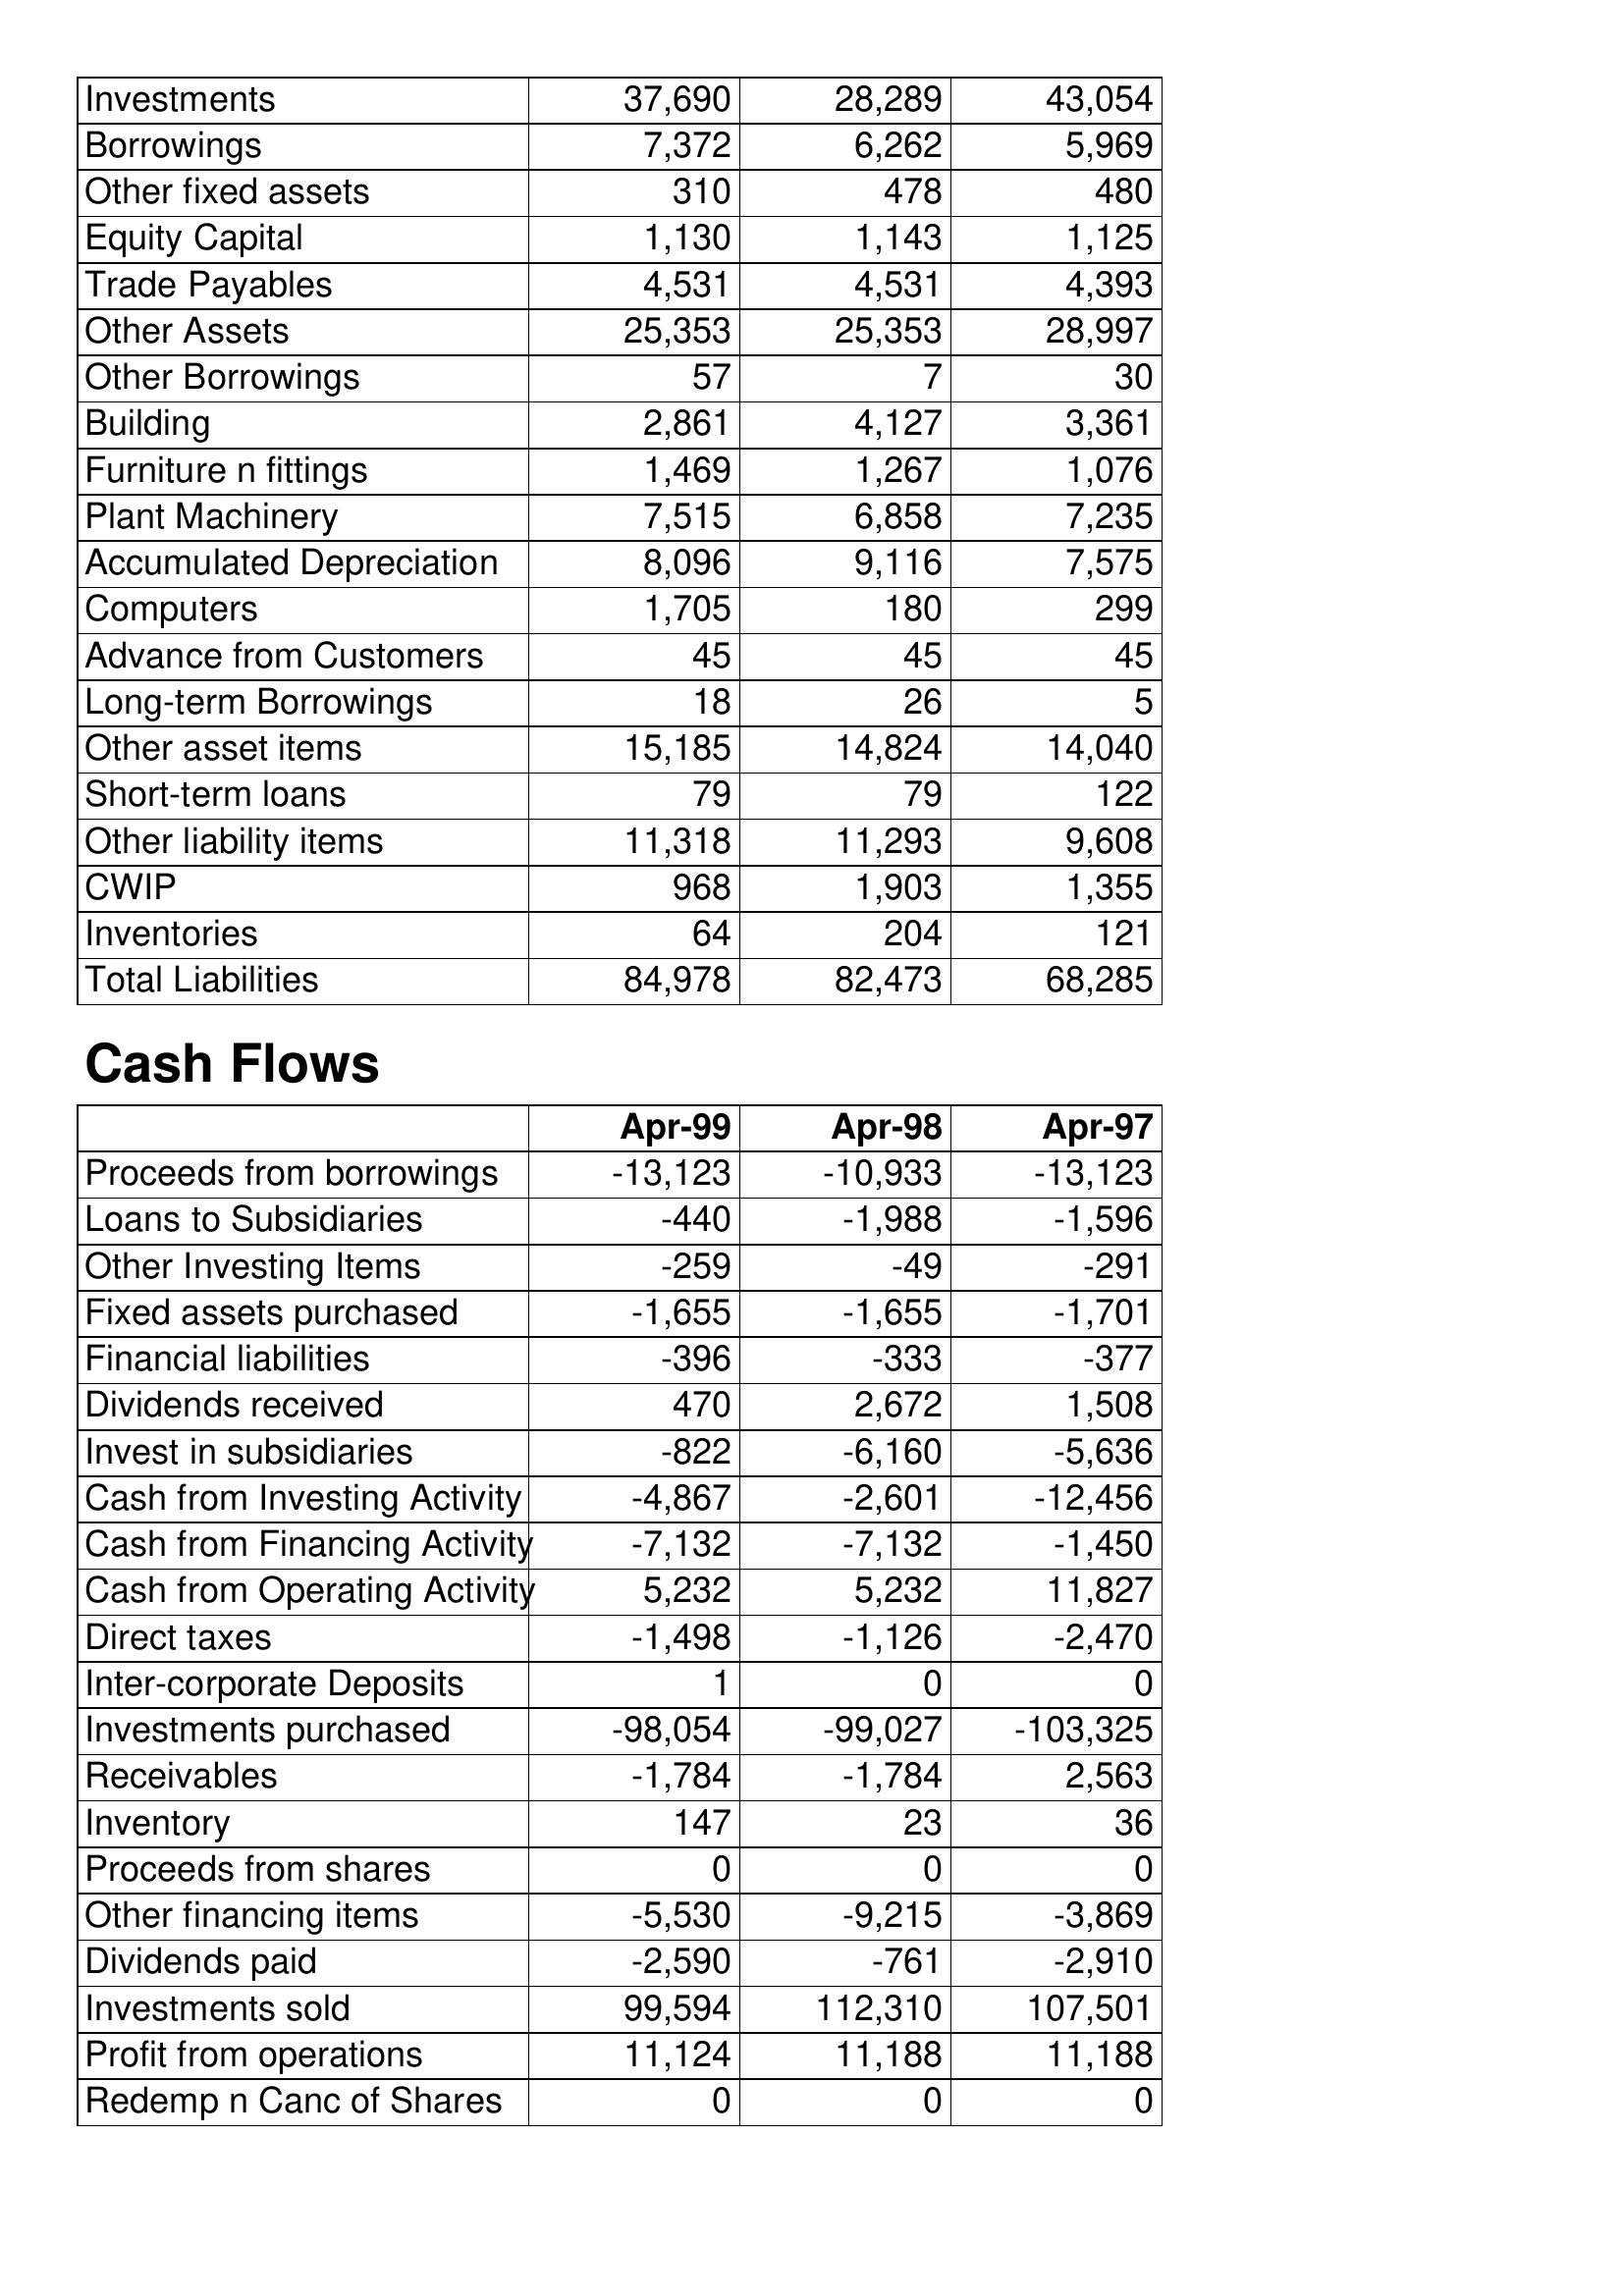
Apr-99: Balance Sheet: Investments: 37,690
Borrowings: 7,372
Other fixed assets: 310
Equity Capital: 1,130
Trade Payables: 4,531
Other Assets: 25,353
Other Borrowings: 57
Building: 2,861
Furniture n fittings: 1,469
Plant Machinery: 7,515
Accumulated Depreciation: 8,096
Computers: 1,705
Advance from Customers: 45
Long-term Borrowings: 18
Other asset items: 15,185
Short-term loans: 79
Other liability items: 11,318
CWIP: 968
Inventories: 64
Total Liabilities: 84,978
Cash Flows: Proceeds from borrowings: -13,123
Loans to Subsidiaries: -440
Other Investing Items: -259
Fixed assets purchased: -1,655
Financial liabilities: -396
Dividends received: 470
Invest in subsidiaries: -822
Cash from Investing Activity: -4,867
Cash from Financing Activity: -7,132
Cash from Operating Activity: 5,232
Direct taxes: -1,498
Inter-corporate Deposits: 1
Investments purchased: -98,054
Receivables: -1,784
Inventory: 147
Proceeds from shares: 0
Other financing items: -5,530
Dividends paid: -2,590
Investments sold: 99,594
Profit from operations: 11,124
Redemp n Canc of Shares: 0
Apr-98: Balance Sheet: Investments: 28,289
Borrowings: 6,262
Other fixed assets: 478
Equity Capital: 1,143
Trade Payables: 4,531
Other Assets: 25,353
Other Borrowings: 7
Building: 4,127
Furniture n fittings: 1,267
Plant Machinery: 6,858
Accumulated Depreciation: 9,116
Computers: 180
Advance from Customers: 45
Long-term Borrowings: 26
Other asset items: 14,824
Short-term loans: 79
Other liability items: 11,293
CWIP: 1,903
Inventories: 204
Total Liabilities: 82,473
Cash Flows: Proceeds from borrowings: -10,933
Loans to Subsidiaries: -1,988
Other Investing Items: -49
Fixed assets purchased: -1,655
Financial liabilities: -333
Dividends received: 2,672
Invest in subsidiaries: -6,160
Cash from Investing Activity: -2,601
Cash from Financing Activity: -7,132
Cash from Operating Activity: 5,232
Direct taxes: -1,126
Inter-corporate Deposits: 0
Investments purchased: -99,027
Receivables: -1,784
Inventory: 23
Proceeds from shares: 0
Other financing items: -9,215
Dividends paid: -761
Investments sold: 112,310
Profit from operations: 11,188
Redemp n Canc of Shares: 0
Apr-97: Balance Sheet: Investments: 43,054
Borrowings: 5,969
Other fixed assets: 480
Equity Capital: 1,125
Trade Payables: 4,393
Other Assets: 28,997
Other Borrowings: 30
Building: 3,361
Furniture n fittings: 1,076
Plant Machinery: 7,235
Accumulated Depreciation: 7,575
Computers: 299
Advance from Customers: 45
Long-term Borrowings: 5
Other asset items: 14,040
Short-term loans: 122
Other liability items: 9,608
CWIP: 1,355
Inventories: 121
Total Liabilities: 68,285
Cash Flows: Proceeds from borrowings: -13,123
Loans to Subsidiaries: -1,596
Other Investing Items: -291
Fixed assets purchased: -1,701
Financial liabilities: -377
Dividends received: 1,508
Invest in subsidiaries: -5,636
Cash from Investing Activity: -12,456
Cash from Financing Activity: -1,450
Cash from Operating Activity: 11,827
Direct taxes: -2,470
Inter-corporate Deposits: 0
Investments purchased: -103,325
Receivables: 2,563
Inventory: 36
Proceeds from shares: 0
Other financing items: -3,869
Dividends paid: -2,910
Investments sold: 107,501
Profit from operations: 11,188
Redemp n Canc of Shares: 0